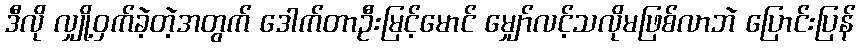
ဒီလို လျှို့ဝှက်ခဲ့တဲ့အတွက် ဒေါက်တာဦးမြင့်မောင် မျှော်လင့်သလိုမဖြစ်လာဘဲ ပြောင်းပြန်